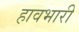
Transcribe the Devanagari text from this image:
हावभारी